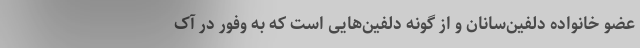
عضو خانواده دلفین‌سانان و از گونه دلفین‌هایی است که به وفور در آک